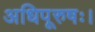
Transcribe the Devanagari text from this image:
अधिपूरुषः।